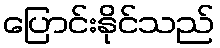
ပြောင်းနိုင်သည်